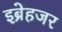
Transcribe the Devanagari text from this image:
इब्रेहजर